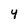
Character: 4